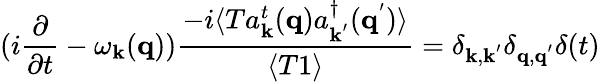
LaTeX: (i\frac{\partial}{\partial t}-\omega_{{\mathbf{k}}}({\mathbf{q}}))\frac{-i\langle Ta_{{\mathbf{k}}}^{t}({\mathbf{q}})a_{{\mathbf{k}}^{'}}^{\dagger}({\mathbf{q}}^{'})\rangle}{\langle T1\rangle}=\delta_{{\mathbf{k}},{\mathbf{k}}^{'}}\delta_{{\mathbf{q}},{\mathbf{q}}^{'}}\delta(t)